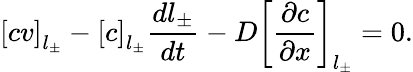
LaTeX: \left[cv\right]_{l_{\pm}}-\left[c\right]_{l_{\pm}}\frac{dl_{\pm}}{dt}-D\left[\frac{\partial c}{\partial x}\right]_{l_{\pm}}=0.